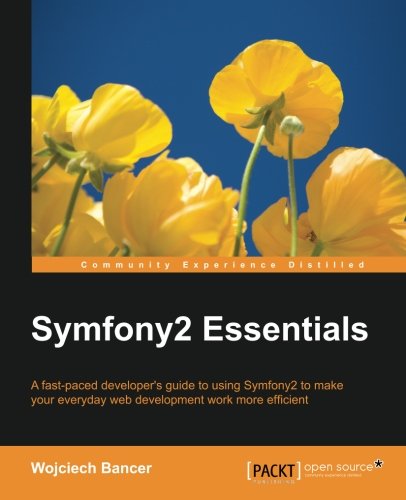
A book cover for Symfony2 Essentials; Wojciech Bancer; Computers & Technology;